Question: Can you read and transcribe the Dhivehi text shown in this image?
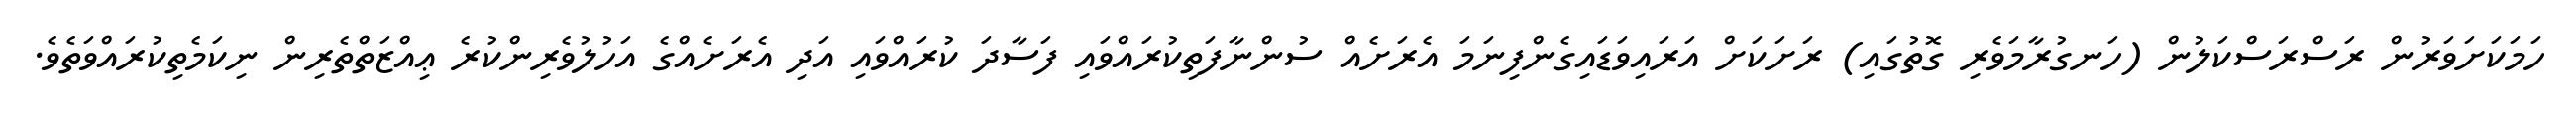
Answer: ހަމަކަށަވަރުން ރަސްރަސްކަލުން (ހަނގުރާމަވެރި ގޮތުގައި) ރަށަކަށް އަރައިވަޑައިގެންފިނަމަ އެރަށެއް ސުންނާފަތިކުރައްވައި ފަސާދަ ކުރައްވައި އަދި އެރަށެއްގެ އަހުލުވެރިންކުރެ ޢިއްޒަތްތެރިން ނިކަމެތިކުރައްވަތެވެ.